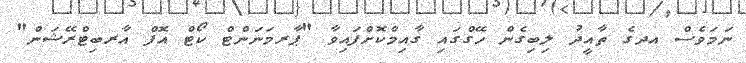
ނަމަވެސް އދގެ ތާއީދު ލިބިގެން ހޭގްގައި ގާއިމްކޮށްފައިވާ "ޕާރމަނަންޓް ކޯޓް އޮފް އާރބިޓްރޭޝަން"